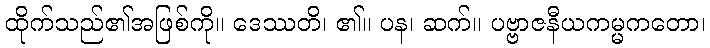
ထိုက်သည်၏အဖြစ်ကို။ ဒေဿတိ၊ ၏။ ပန၊ ဆက်။ ပဗ္ဗာဇနီယကမ္မကတော၊